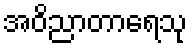
အဝိညာတာရေသု